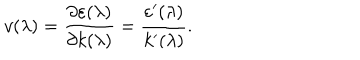
v ( \lambda ) = \frac { \partial \varepsilon ( \lambda ) } { \partial k ( \lambda ) } = \frac { \varepsilon ^ { \prime } ( \lambda ) } { k ^ { \prime } ( \lambda ) } .